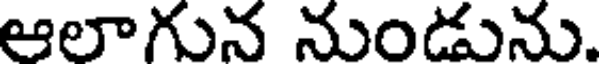
ఆలాగున నుండును.